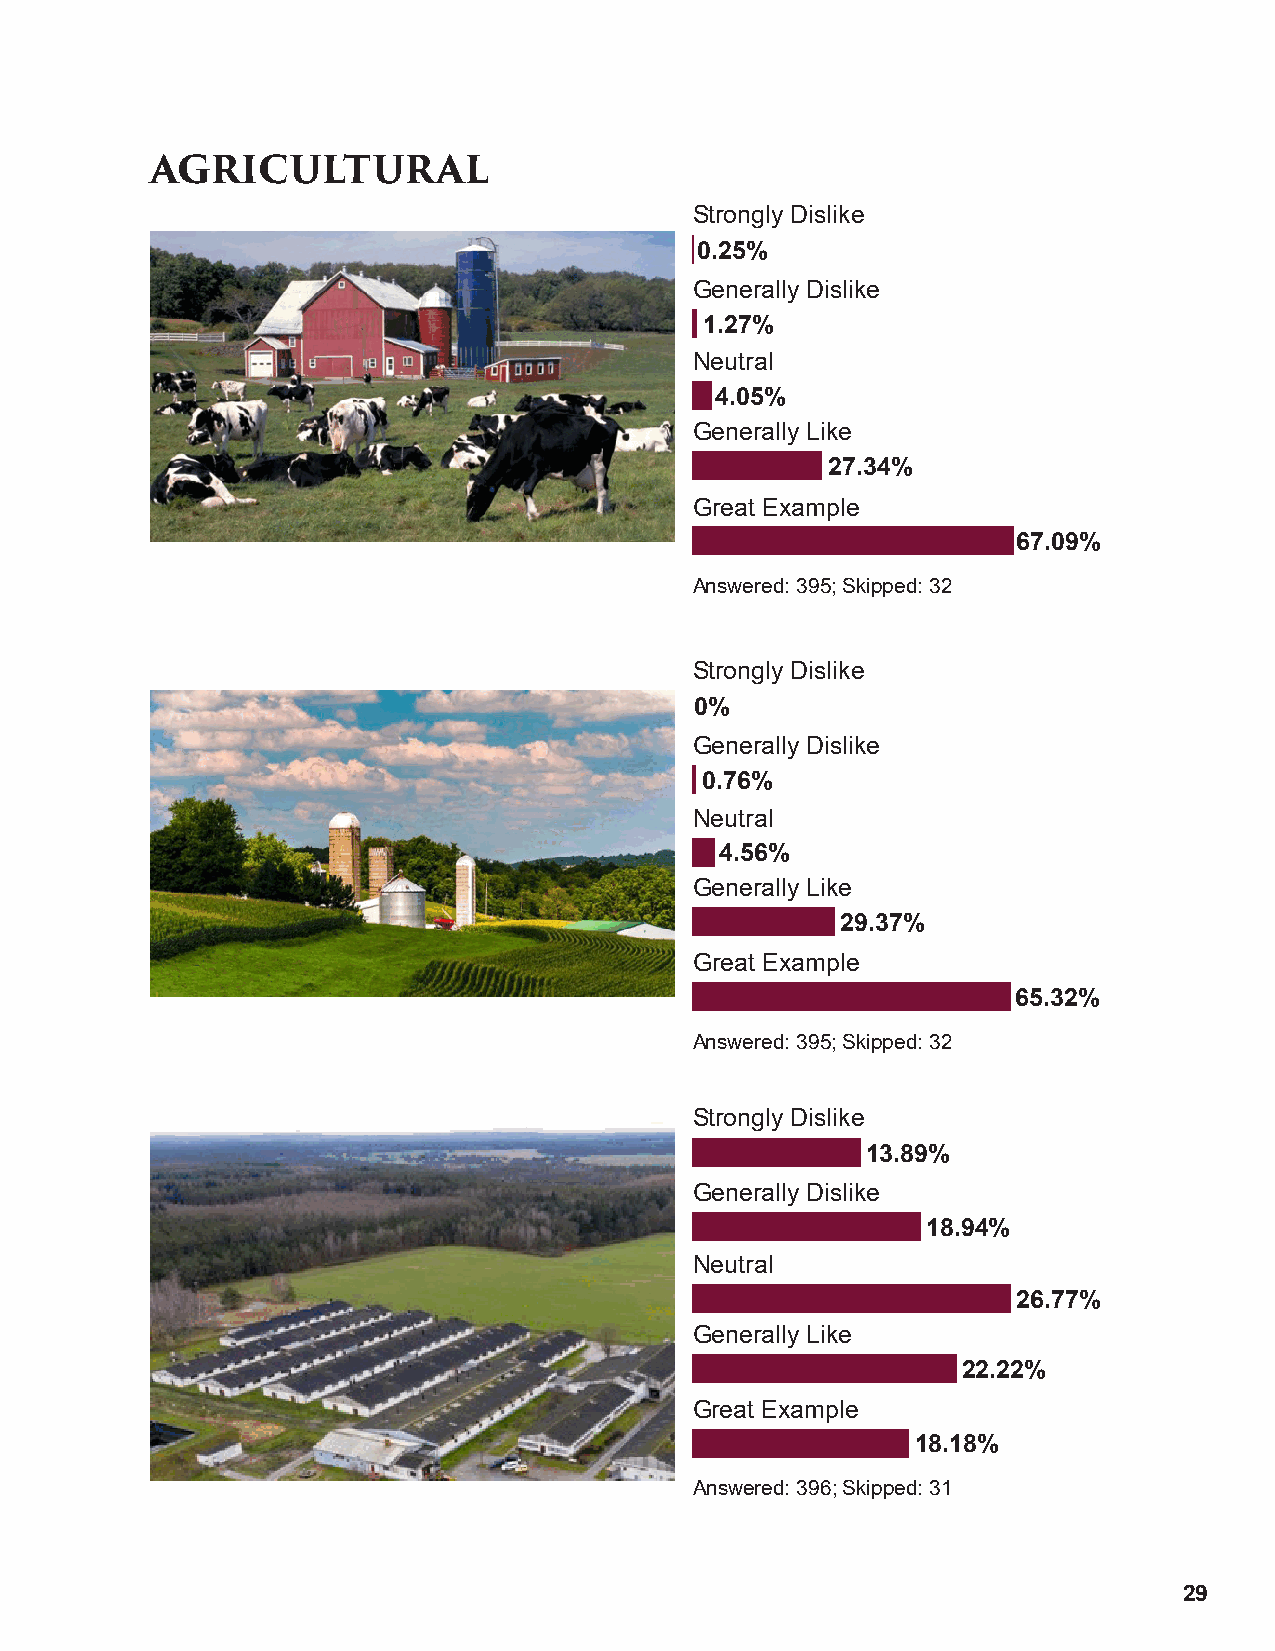
AGRICULTURAL
 Strongly Dislike
 0.25%
 Generally Dislike
 1.27%
 Neutral
 4.05%
 Generally Like
 27.34%
 Great Example
 67.09%
 Answered: 395; Skipped: 32
 Strongly Dislike
 0%
 Generally Dislike
 0.76%
 Neutral
 4.56%
 Generally Like
 29.37%
 Great Example
 65.32%
 Answered: 395; Skipped: 32
 Strongly Dislike
 13.89%
 Generally Dislike
 18.94%
 Neutral
 26.77%
 Generally Like
 22.22%
 Great Example
 18.18%
 Answered: 396; Skipped: 31
 29